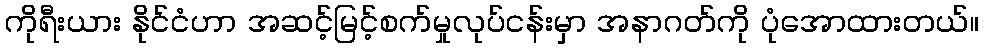
ကိုရီးယား နိုင်ငံဟာ အဆင့်မြင့်စက်မှုလုပ်ငန်းမှာ အနာဂတ်ကို ပုံအောထားတယ်။